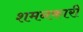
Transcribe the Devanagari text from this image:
शमनकारी